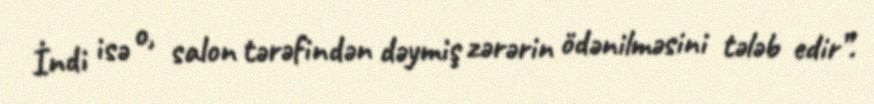
İndi isə o, salon tərəfindən dəymiş zərərin ödənilməsini tələb edir”.